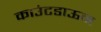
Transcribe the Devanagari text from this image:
काउंटडाऊन